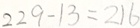
2 2 9 - 1 3 = 2 1 6